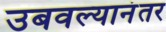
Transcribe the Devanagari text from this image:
उबवल्यानंतर